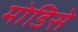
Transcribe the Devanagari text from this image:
मोडिसे